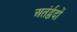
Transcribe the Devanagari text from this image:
अतंर्द्वदों